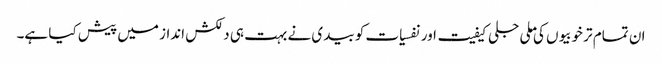
ان تمام تر خوبیوں کی ملی جلی کیفیت اور نفسیات کو بیدی نے بہت ہی دلکش انداز میں پیش کیا ہے۔